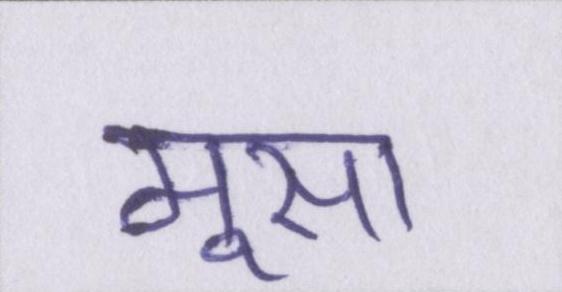
मूसा